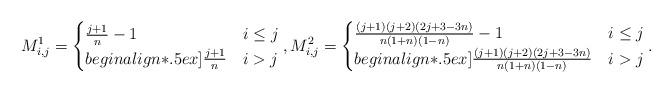
LaTeX: \begin{align*} M^1_{i,j} = \begin{cases} \frac{j+1}{n}-1& i \le j \\begin{align*}.5ex]\frac{j+1}{n}& i > j \end{cases}, M^2_{i,j} = \begin{cases} \frac{(j+1) (j + 2) (2 j + 3 - 3 n)}{n(1+n)(1-n)}-1 & i \le j \\begin{align*}.5ex]\frac{(j+1) (j + 2) (2 j + 3 - 3 n)}{n(1+n)(1-n)} & i > j \end{cases}.\end{align*}